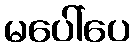
မပေါ်ပေ